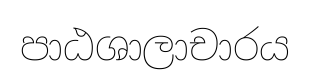
පාඨශාලාචාරය